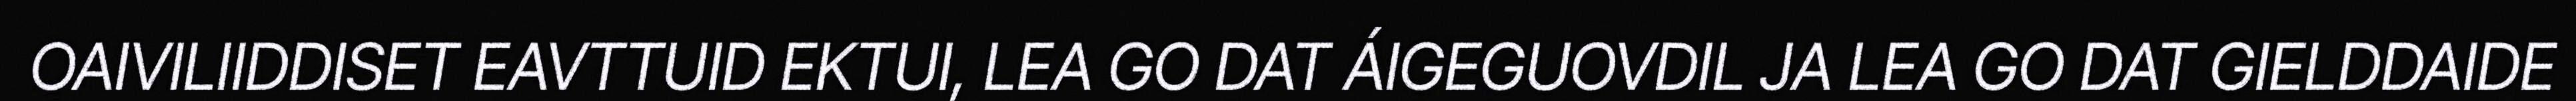
OAIVILIIDDISET EAVTTUID EKTUI, LEA GO DAT ÁIGEGUOVDIL JA LEA GO DAT GIELDDAIDE